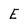
Character: E